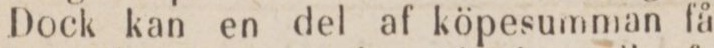
Dock kan en del af köpesumman få